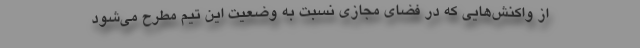
از واکنش‌هایی که در فضای مجازی نسبت به وضعیت این تیم مطرح می‌شود